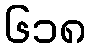
၆၁၈